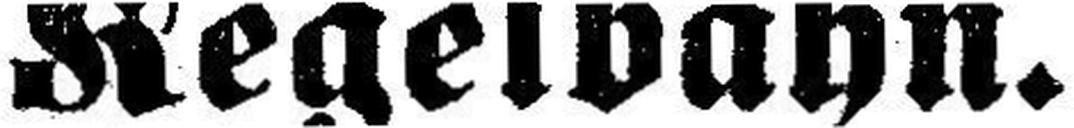
Kegelbahn.